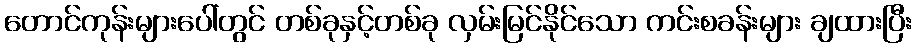
တောင်ကုန်းများပေါ်တွင် တစ်ခုနှင့်တစ်ခု လှမ်းမြင်နိုင်သော ကင်းစခန်းများ ချထားပြီး